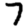
Digit: 7